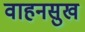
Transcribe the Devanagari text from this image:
वाहनसुख